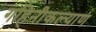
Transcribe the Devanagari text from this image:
गहिनीकल्याण